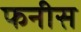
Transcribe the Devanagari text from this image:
फनीस